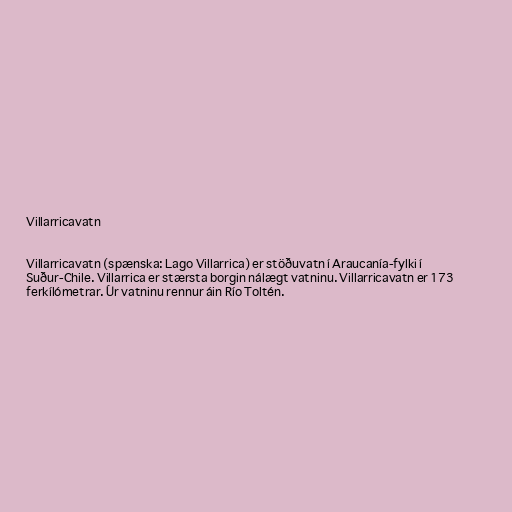
Villarricavatn

Villarricavatn (spænska: Lago Villarrica) er stöðuvatn í Araucanía-fylki í
Suður-Chile. Villarrica er stærsta borgin nálægt vatninu. Villarricavatn er 173
ferkílómetrar. Úr vatninu rennur áin Río Toltén.